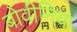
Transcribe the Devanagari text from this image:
बोवीनिया